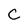
Character: C